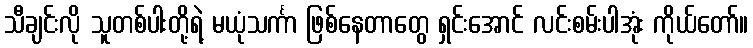
သီချင်းလို သူတစ်ပါးတို့ရဲ့ မယုံသင်္ကာ ဖြစ်နေတာတွေ ရှင်းအောင် လင်းစမ်းပါအုံး ကိုယ်တော်။